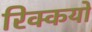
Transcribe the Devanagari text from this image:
रिक्कयो